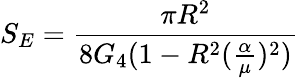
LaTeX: S_{E}=\frac{\pi R^{2}}{8G_{4}(1-R^{2}(\frac{\alpha}{\mu})^{2})}